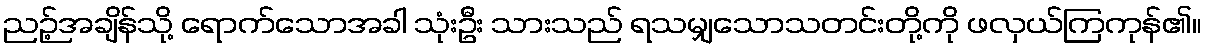
ညဉ့်အချိန်သို့ ရောက်သောအခါ သုံးဦး သားသည် ရသမျှသောသတင်းတို့ကို ဖလှယ်ကြကုန်၏။